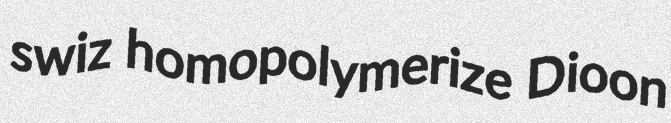
swiz homopolymerize Dioon